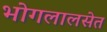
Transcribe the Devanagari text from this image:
भोगलालसेत